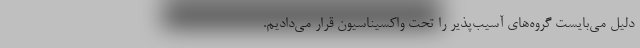
دلیل می‌بایست گروه‌های آسیب‌پذیر را تحت واکسیناسیون قرار می‌دادیم.